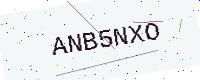
Text: ANB5NXO